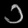
Digit: ၁